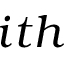
i t h